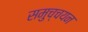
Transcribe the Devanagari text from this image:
समुच्चयन